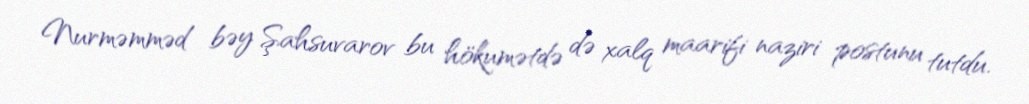
Nurməmməd bəy Şahsuvarov bu hökumətdə də xalq maarifi naziri postunu tutdu.